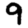
Digit: 9